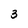
Character: 3